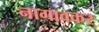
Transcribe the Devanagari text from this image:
नागावकर